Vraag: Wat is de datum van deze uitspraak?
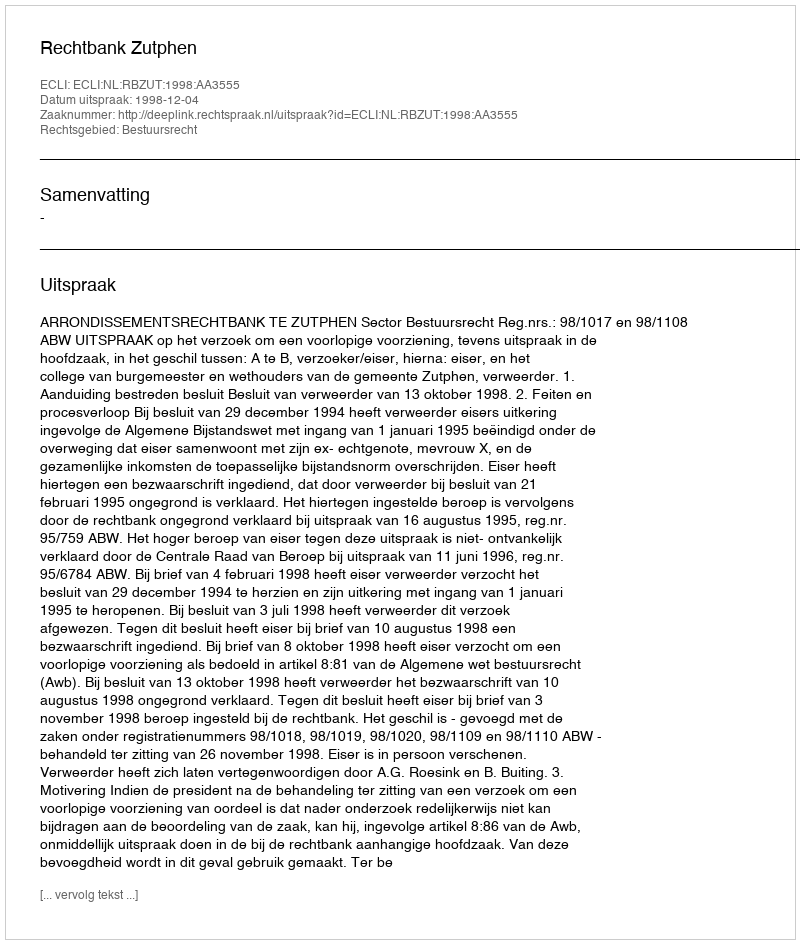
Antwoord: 1998-12-04